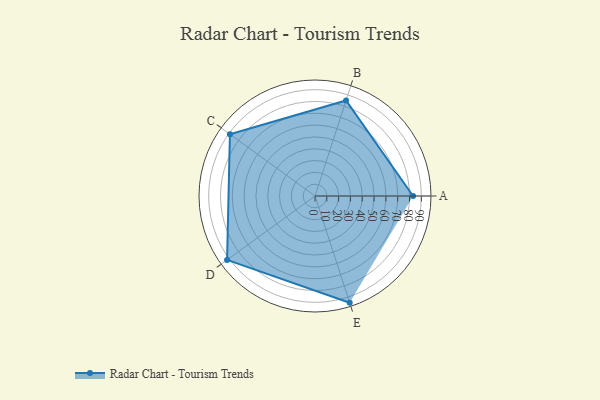
{"axis": {"x": "Skill", "y": "Score"}, "legend": ["Profile"], "data": [{"x": "A", "y": 83.0, "type": "Profile"}, {"x": "B", "y": 85.0, "type": "Profile"}, {"x": "C", "y": 89.0, "type": "Profile"}, {"x": "D", "y": 92.0, "type": "Profile"}, {"x": "E", "y": 95.0, "type": "Profile"}]}